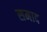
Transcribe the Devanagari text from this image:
समाद